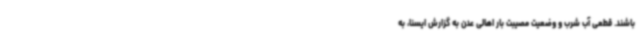
باشند. قطعی آب شرب و وضعیت مصیبت بار اهالی عدن به گزارش ایسنا، به